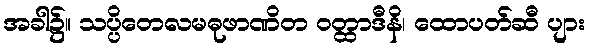
အခါ၌။ သပ္ပိတေလမဓုဖာဏိတ ဝတ္ထာဒီနိ၊ ထောပတ်ဆီ ပျား